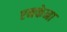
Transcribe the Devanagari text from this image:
एनकेना